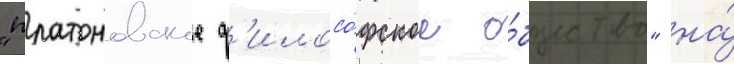
"платоновское ф'илосо́фское о́бщество" на́